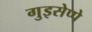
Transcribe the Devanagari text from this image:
गुइसेप्पे